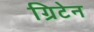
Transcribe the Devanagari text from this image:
ग्रिटेन